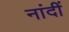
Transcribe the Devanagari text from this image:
नांदीं